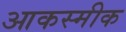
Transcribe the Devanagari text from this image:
आकस्मीक